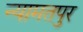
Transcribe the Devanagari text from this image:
न्यामतपुर